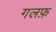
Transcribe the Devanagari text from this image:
गलफ़